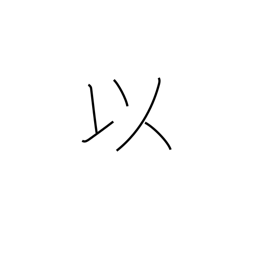
Meaning: in view of